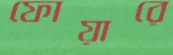
ফোয়ারে